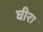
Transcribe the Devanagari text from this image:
घीरा